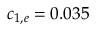
c _ { 1 , e } = 0 . 0 3 5